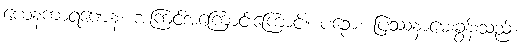
ယေနကာရဏေန၊ အကြင်အကြောင်းကြောင့်။ ပဉှော၊ ပြဿနာမေးခွန်းသည်။